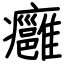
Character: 癰